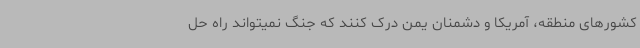
کشورهای منطقه، آمریکا و دشمنان یمن درک کنند که جنگ نمیتواند راه حل